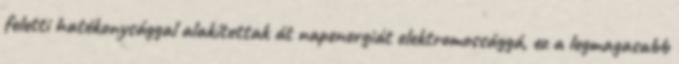
feletti hatékonysággal alakítottak át napenergiát elektromossággá, ez a legmagasabb